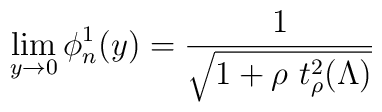
\lim_{y\to 0}\phi^1_n(y)=\frac{1}{\sqrt{1+\rho\ t_\rho^2(\Lambda)}}